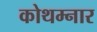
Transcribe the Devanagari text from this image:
कोथम्नार